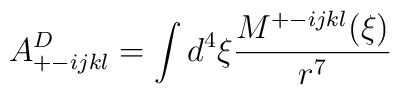
A^D_{+ -ijkl} = \int d^4 \xi \frac{M^{+ -ijkl} (\xi)}{r^7}